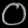
Digit: ၀